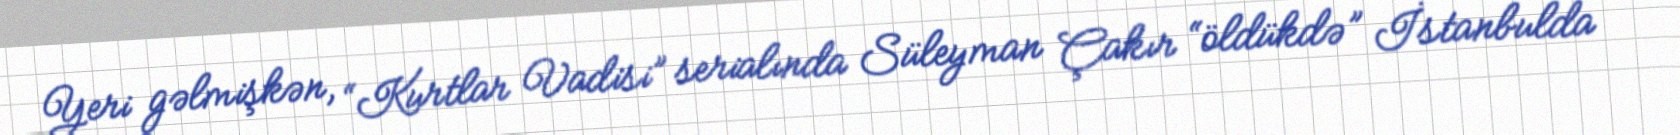
Yeri gəlmişkən, “Kurtlar Vadisi” serialında Süleyman Çakır “öldükdə” İstanbulda